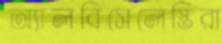
অ্যালবিসেলেস্তিরা